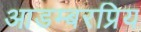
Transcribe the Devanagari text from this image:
आडम्बरप्रिय